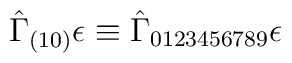
\hat{\Gamma}_{(10)}\epsilon \equiv \hat{\Gamma}_{0123456789}\epsilon